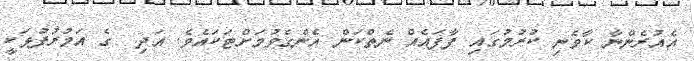
އެއުރެންނާ ކާވެނި ކުރުމުގައި ފާފައެއް ނެތްކަން އެންގެވުމަށްޓަކައެވެ. އަދި  ގެ އަމުރުފުޅަކީ